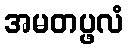
အမတပ္ဖလံ